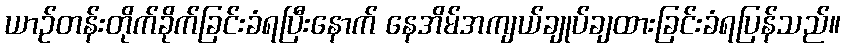
ယာဉ်တန်းတိုက်ခိုက်ခြင်းခံရပြီးနောက် နေအိမ်အကျယ်ချုပ်ချထားခြင်းခံရပြန်သည်။